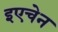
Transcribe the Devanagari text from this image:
इएचेन